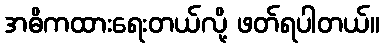
အဓိကထားရေးတယ်လို့ ဖတ်ရပါတယ်။